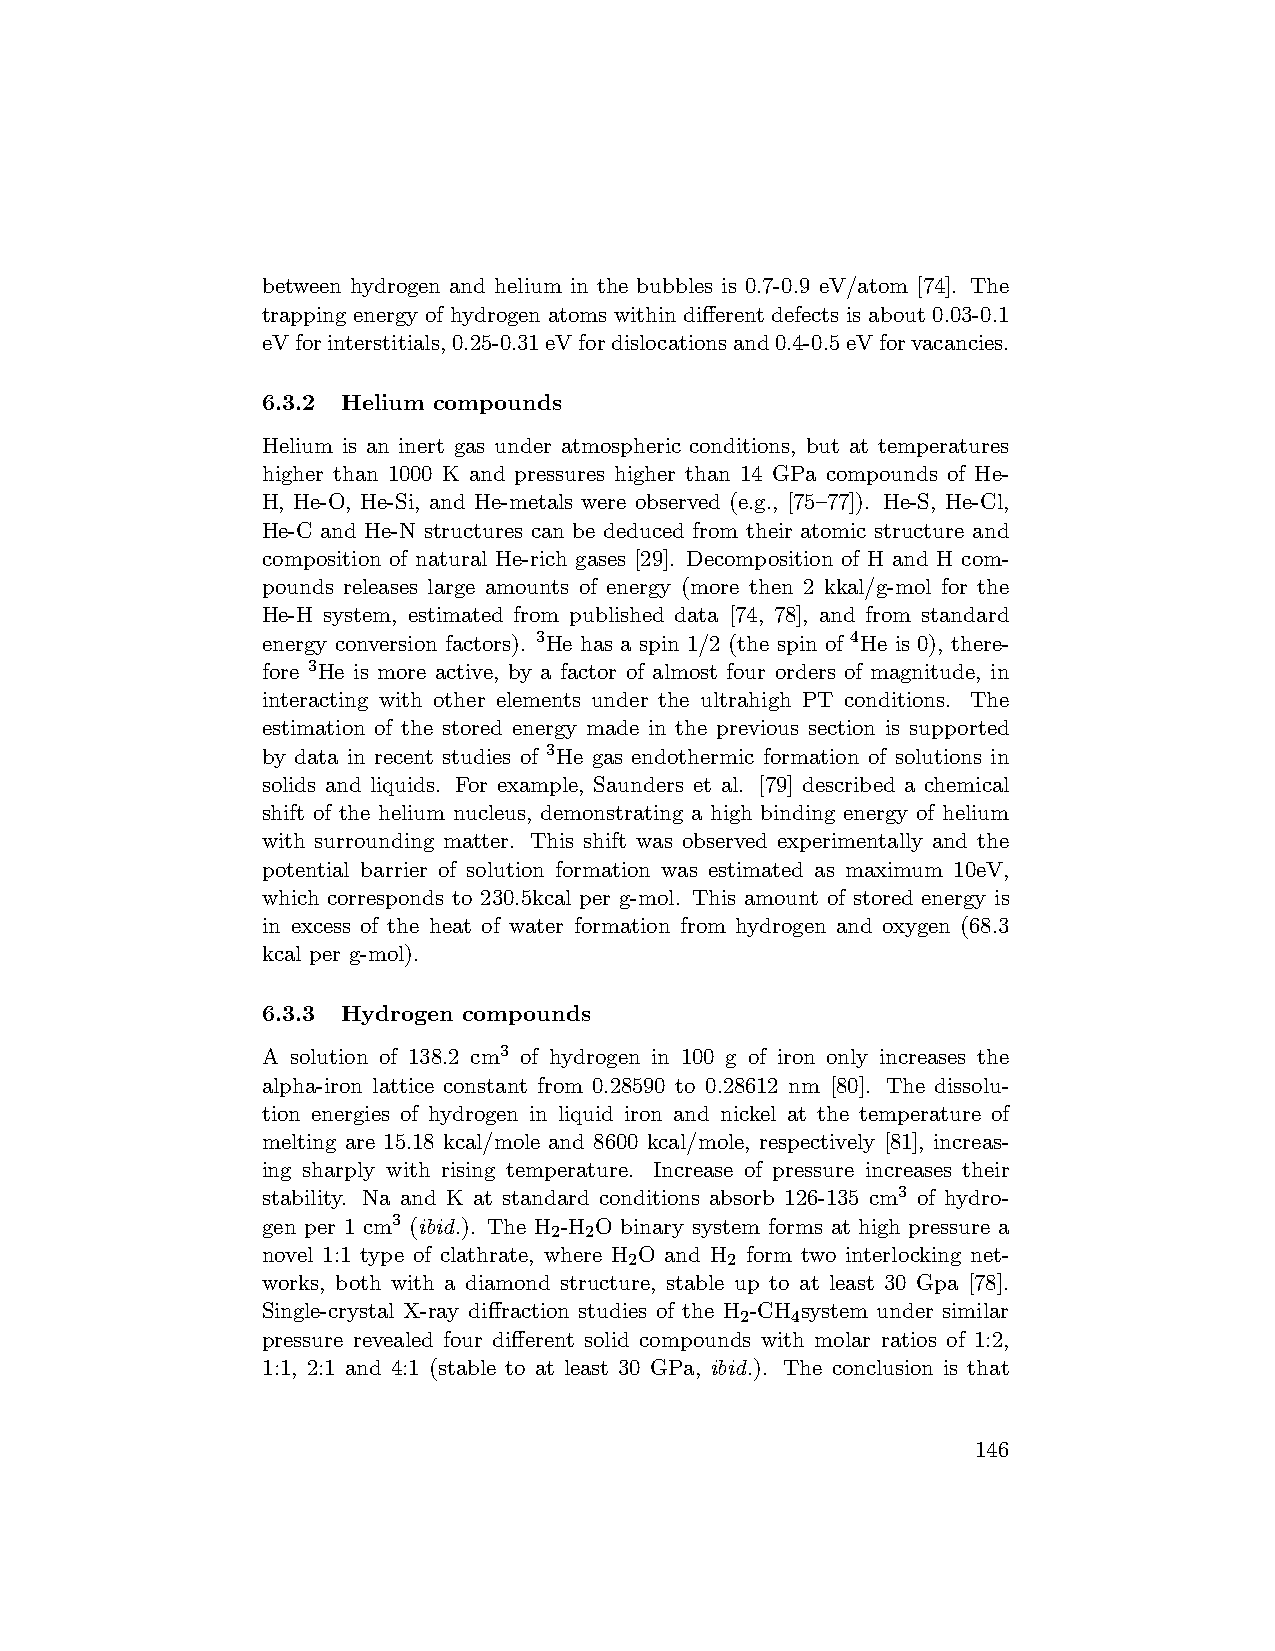
between hydrogen and helium in the bubbles is 0.7-0.9 eV/atom [74]. The
 trapping energy of hydrogen atoms within different defects is about 0.03-0.1
 eVforinterstitials,0.25-0.31eVfordislocationsand0.4-0.5eVforvacancies.
 6.3.2 Helium compounds
 Helium is an inert gas under atmospheric conditions, but at temperatures
 higher than 1000 K and pressures higher than 14 GPa compounds of He-
 H, He-O, He-Si, and He-metals were observed (e.g., [75—77]). He-S, He-Cl,
 He-C and He-N structures can be deduced from their atomic structure and
 composition of natural He-rich gases [29]. Decomposition of H and H com-
 pounds releases large amounts of energy (more then 2 kkal/g-mol for the
 He-H system, estimated from published data [74, 78], and from standard
 energy conversion factors). 3He has a spin 1/2 (the spin of 4He is 0), there-
 fore 3He is more active, by a factor of almost four orders of magnitude, in
 interacting with other elements under the ultrahigh PT conditions. The
 estimation of the stored energy made in the previous section is supported
 by data in recent studies of 3He gas endothermic formation of solutions in
 solids and liquids. For example, Saunders et al. [79] described a chemical
 shift of the helium nucleus, demonstrating a high binding energy of helium
 with surrounding matter. This shift was observed experimentally and the
 potential barrier of solution formation was estimated as maximum 10eV,
 which corresponds to 230.5kcal per g-mol. This amount of stored energy is
 in excess of the heat of water formation from hydrogen and oxygen (68.3
 kcal per g-mol).
 6.3.3 Hydrogen compounds
 A solution of 138.2 cm3 of hydrogen in 100 g of iron only increases the
 alpha-iron lattice constant from 0.28590 to 0.28612 nm [80]. The dissolu-
 tion energies of hydrogen in liquid iron and nickel at the temperature of
 melting are 15.18 kcal/mole and 8600 kcal/mole, respectively [81], increas-
 ing sharply with rising temperature. Increase of pressure increases their
 stability. Na and K at standard conditions absorb 126-135 cm3 of hydro-
 gen per 1 cm3 (ibid.). The H -H O binary system forms at high pressure a
 2  2
 novel 1:1 type of clathrate, where H O and H form two interlocking net-
 2     2
 works, both with a diamond structure, stable up to at least 30 Gpa [78].
 Single-crystal X-ray diffraction studies of the H -CH system under similar
 2  4
 pressure revealed four different solid compounds with molar ratios of 1:2,
 1:1, 2:1 and 4:1 (stable to at least 30 GPa, ibid.). The conclusion is that
 146